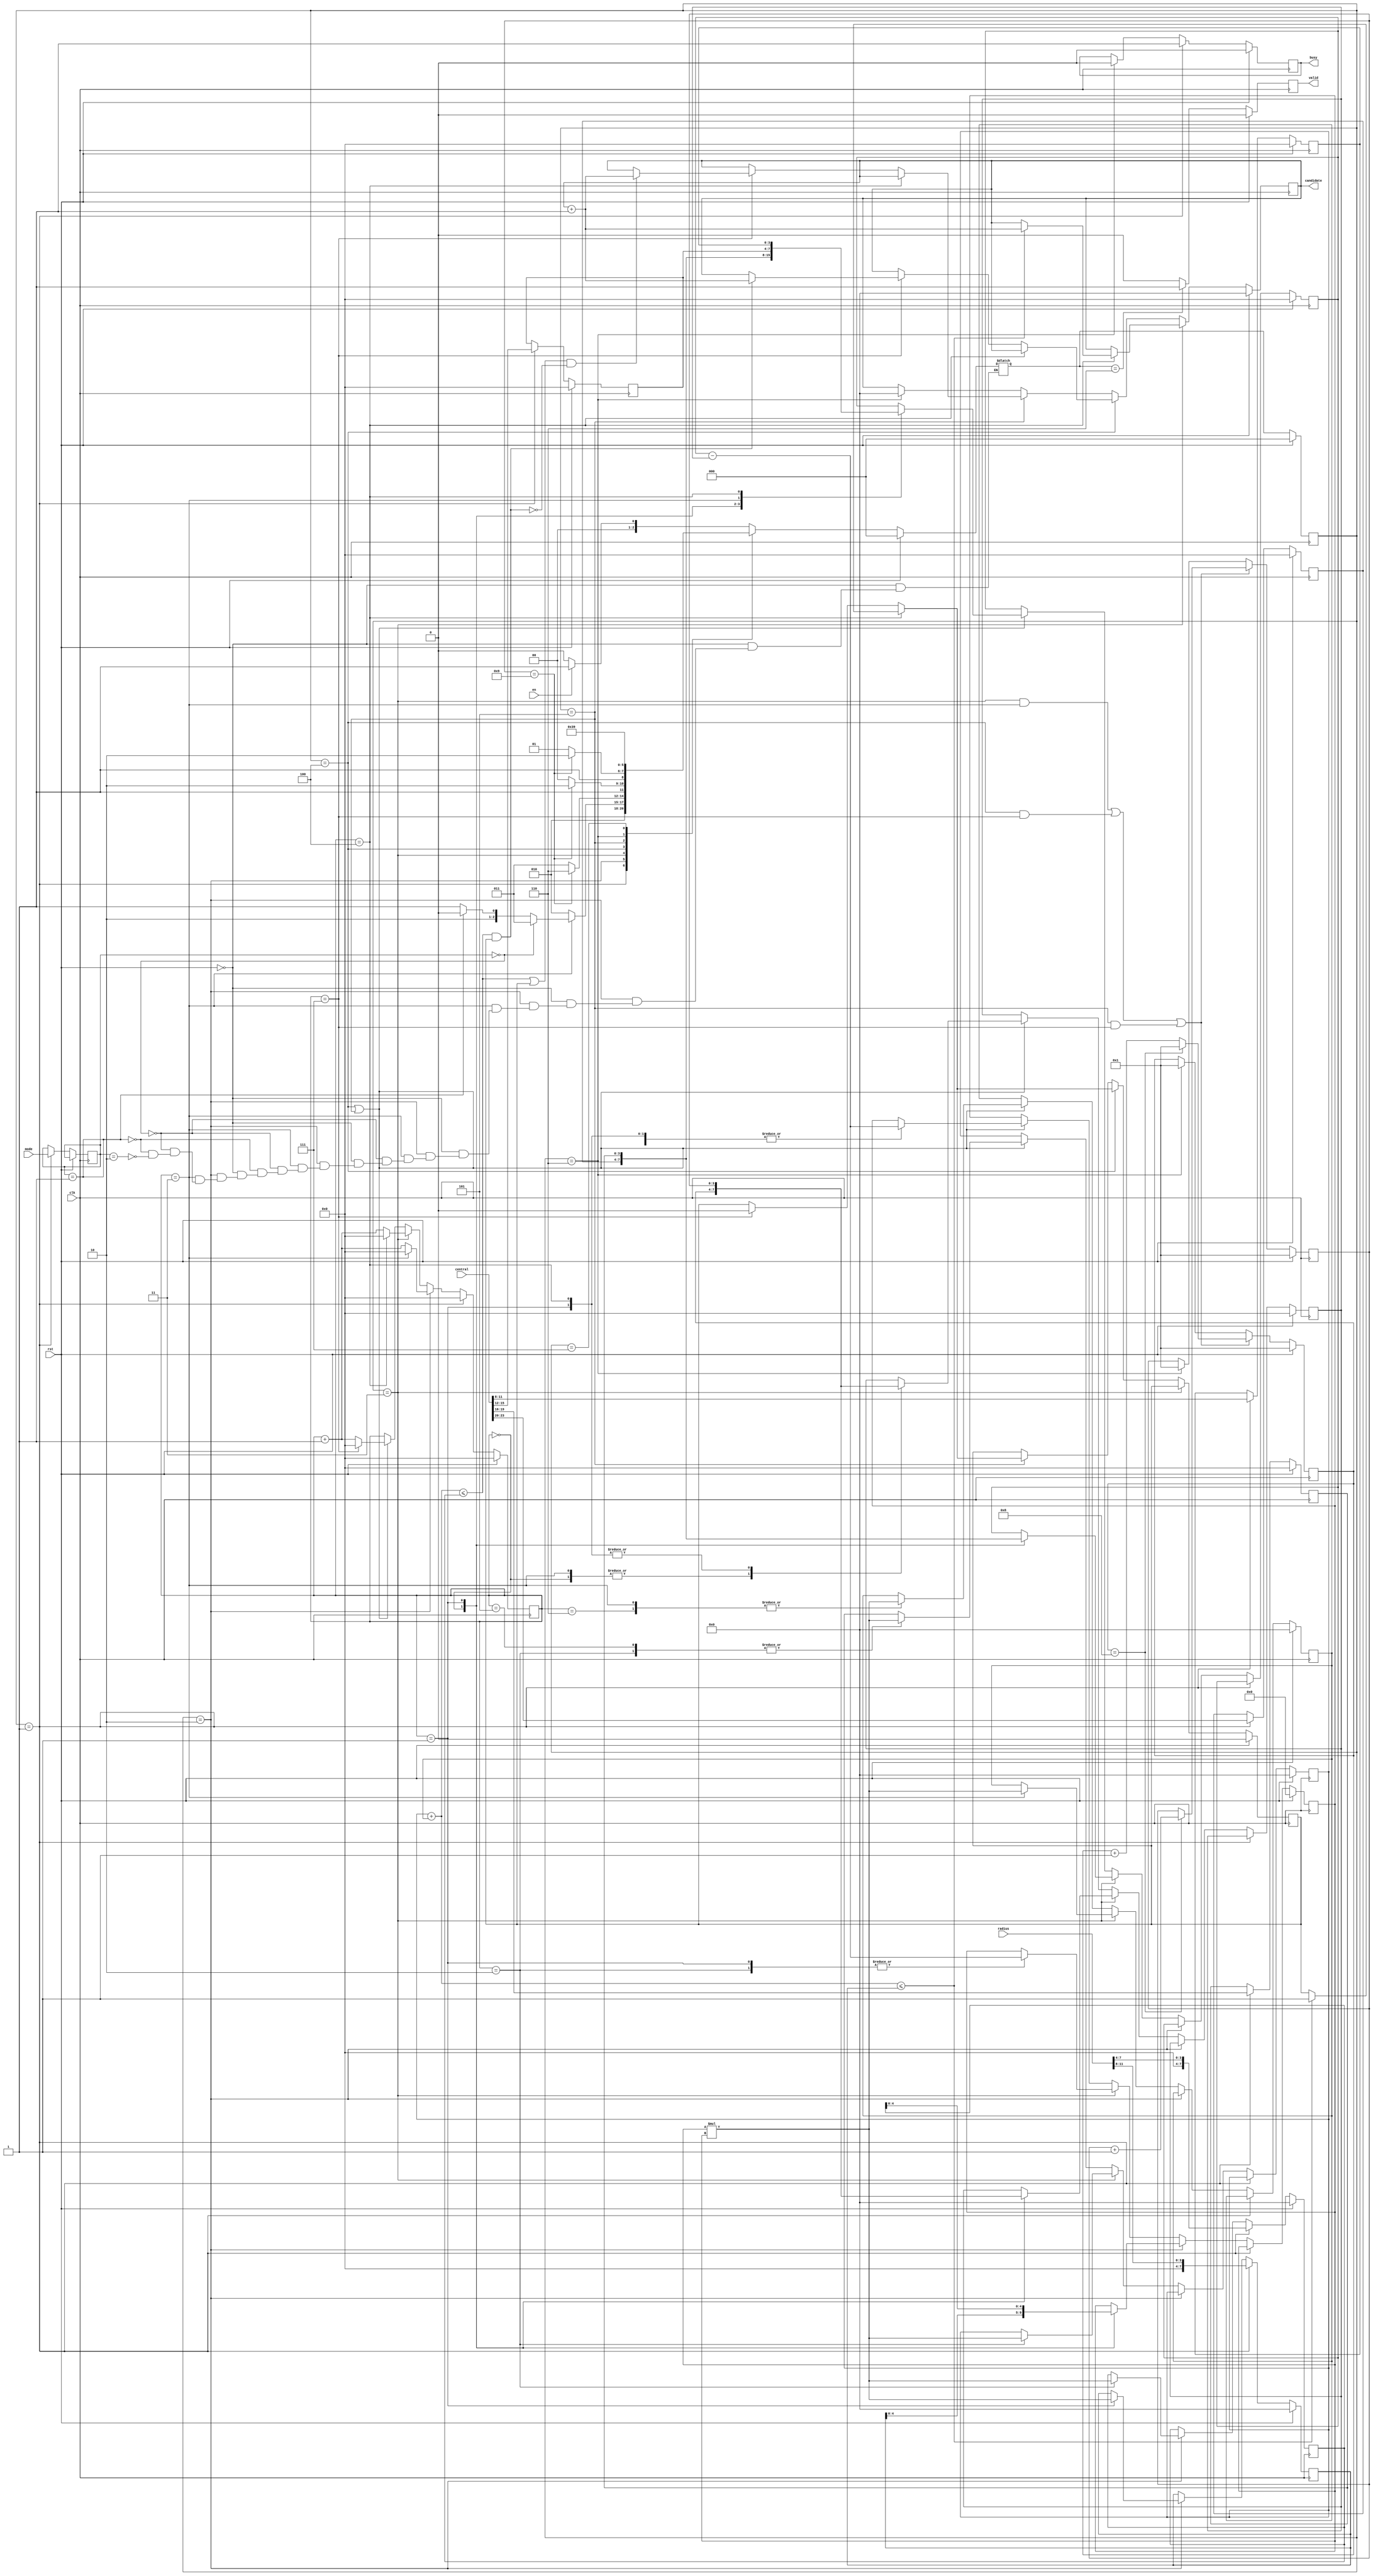
module SET ( clk , rst, en, central, radius, mode, busy, valid, candidate );

input clk, rst;
input en;
input [23:0] central;
input [11:0] radius;
input [1:0] mode;
output reg busy;
output reg valid;
output reg [7:0] candidate;

reg [1:0] mode_use;
reg [2:0] current_state;
reg [2:0] next_state;
reg [3:0] counter;
reg in_a;
reg [3:0] xa;
reg [3:0] ya;
reg [3:0] xb;
reg [3:0] yb;
reg [7:0] ra;
reg [7:0] rb;
reg [3:0] x;
reg [3:0] y;
parameter INIT = 0;
parameter READ = 1;
parameter RADIUS_SQUARE = 2;
parameter MODE_0 = 3;
parameter MODE_1 = 4;
parameter MODE_2 = 5;
parameter OUTPUT = 6;
parameter PAUSE = 7;
reg signed [4:0] temp_mul;
reg [7:0] temp_add_1;
reg [7:0] temp_add_2;
reg [3:0] temp_sub_1;
reg [3:0] temp_sub_2;
wire [7:0] mul;
wire [7:0] add;
wire signed [4:0] sub; 
assign mul = temp_mul * temp_mul ;
assign add = temp_add_1 + temp_add_2;
assign sub = temp_sub_1 - temp_sub_2;
always @(posedge clk) begin
    if(rst)
        current_state <= INIT;
    else
        current_state <= next_state;    
end

always @(*) begin
    if(rst)
        next_state = INIT;
    else
    begin
        case (current_state)
            INIT:
                next_state = (en==1)?READ:INIT;
            READ:
                next_state = RADIUS_SQUARE;
            RADIUS_SQUARE:
            begin
                if(counter == 3'd3)
                begin
                    if(mode_use == 2'd0)
                        next_state = MODE_0;
                    else if(mode_use == 2'd1)
                        next_state = MODE_1;
                    else if(mode_use == 2'd2)
                        next_state = MODE_2;
                end
                else
                    next_state = RADIUS_SQUARE;
            end
            MODE_0:
            begin
                if(y == 4'd9)
                    next_state = OUTPUT;
                else
                    next_state = MODE_0;
            end
            MODE_1:
            begin
                if(y == 4'd9)
                    next_state = OUTPUT;
                else
                    next_state = MODE_1;
            end
            MODE_2:
            begin
                if(y == 4'd9)
                    next_state = OUTPUT;
                else
                    next_state = MODE_2;
            end
            OUTPUT:
                next_state = PAUSE;
            PAUSE:
                next_state = READ;
        endcase
    end
end
//counter
always @(posedge clk) begin
    if(rst)
        counter <= 0;
    else if(current_state == READ)
        counter <= 0;
    else if(current_state == RADIUS_SQUARE)
    begin
        if(counter == 4'd3)
            counter <= 0;
        else
            counter <= counter +1;
    end
    else if(current_state == MODE_0)
    begin
        if(counter == 4'd4)
            counter <= 0;
        else
            counter <= counter + 1;
    end
    else if(current_state == MODE_1 || current_state == MODE_2)
    begin
        if(counter == 4'd7)
            counter <= 0;
        else
            counter <= counter + 1;
    end
end

// x and y
always @(posedge clk) begin
    if(rst)
    begin
        x <= 1;
        y <= 1;
    end
    else if((current_state == MODE_0 && counter == 4'd3) || (current_state == MODE_1 && counter == 4'd7) || (current_state == MODE_2 && counter == 4'd7) )
    begin
        if(x == 4'd8)
        begin
            x <= 1;
            y <= y + 1;
        end
        else
            x <= x + 1;
    end
    else if(current_state == OUTPUT)
    begin
        x <= 1;
        y <= 1;
    end
end

// candidate and in_a and in_b
always @(posedge clk) begin
    if(rst)
    begin
        candidate <= 0;
        in_a <= 0;
    end
    else if(current_state == MODE_0)
    begin
        if(counter == 4'd4)
        begin
            if(add <= ra)
                candidate <= candidate +1;
        end
    end
    else if(current_state == MODE_1)
    begin
        if(counter == 4'd4)
        begin
            if(add <= ra)
                in_a <= 1;
        end
        else if(counter == 4'd7)
        begin
            if(add <= rb && in_a)
                candidate <= candidate + 1;
            in_a <= 0;
        end
    end
    else if(current_state == MODE_2)
    begin
        if(counter == 4'd4)
        begin
            if(add <= ra)
                in_a <= 1;
        end
        else if(counter == 4'd7)
        begin
            if((add <= rb || in_a) && !(add <= rb && in_a))
                candidate <= candidate + 1;
            in_a <= 0;
        end
    end
    else if(current_state == OUTPUT)
        candidate <= 0;
end
//busy 
always @(posedge clk) begin
    if(rst)
        busy <= 0;
    else if(current_state == READ)
        busy <= 1;
    else if(current_state == OUTPUT)
        busy <= 0;
end

//valid
always @(posedge clk) begin
    if(rst)
        valid <= 0;
    else if(next_state == OUTPUT)
        valid <= 1;
    else
        valid <= 0;
end

//x and y and mode_use and temp
always @(posedge clk) begin
    if(rst)
    begin
        xa <= 0;
        ya <= 0;
        xb <= 0;
        yb <= 0;
        ra <= 0;
        rb <= 0;
        temp_mul <= 0;
        temp_sub_1 <= 0;
        temp_add_2 <= 0;
        temp_add_1 <= 0;
        temp_sub_2 <= 0;
    end
    else if(current_state == READ)
    begin
        xa <= central[23:20];
        ya <= central[19:16];
        xb <= central[15:12];
        yb <= central[11:8];
        ra <= {4'b0, radius[11:8]};
        rb <= {4'b0, radius[7:4]};
        mode_use <= mode;
    end
    else if(current_state == RADIUS_SQUARE)
    begin
        case (counter)
            4'd0:
                temp_mul <= ra;
            4'd1:
            begin
                ra <= mul;
                temp_mul <= rb;
            end
            4'd2:
                rb <= mul;
        endcase
    end
    else if(current_state == MODE_0)
    begin
        case (counter)
        4'd0:
        begin
            temp_sub_1 <= xa;
            temp_sub_2 <= x;
        end
        4'd1:
        begin
            temp_mul <= sub;
            temp_sub_1 <= ya;
            temp_sub_2 <= y;
        end
        4'd2:
        begin
            temp_add_1 <= mul;
            temp_mul <= sub;
        end
        4'd3:
            temp_add_2 <= mul;

        endcase
    end
    else if(current_state == MODE_1 || current_state == MODE_2)
    begin
        case (counter)
        4'd0:
        begin
            temp_sub_1 <= xa;
            temp_sub_2 <= x;
        end
        4'd1:
        begin
            temp_mul <= sub;
            temp_sub_1 <= ya;
            temp_sub_2 <= y;
        end
        4'd2:
        begin
            temp_add_1 <= mul;
            temp_mul <= sub;
        end
        4'd3:
        begin
            temp_add_2 <= mul;
            temp_sub_1 <= xb;
            temp_sub_2 <= x;
        end
        4'd4:
        begin
            temp_mul <= sub;
            temp_sub_1 <= yb;
            temp_sub_2 <= y;
        end
        4'd5:
        begin
            temp_add_1 <= mul;
            temp_mul <= sub;
        end
        4'd6:
        begin
            temp_add_2 <= mul;
        end
        endcase
    end
end
endmodule